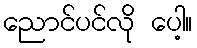
ညောင်ပင်လို ပေါ့။